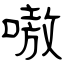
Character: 嗷